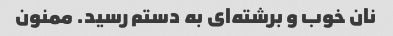
نان خوب و برشته‌ای به دستم رسید. ممنون